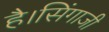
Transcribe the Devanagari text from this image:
है।सिंगाजी